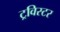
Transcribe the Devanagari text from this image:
ट्रविस्टर